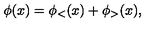
\phi ( x ) = \phi _ { < } ( x ) + \phi _ { > } ( x ) ,